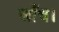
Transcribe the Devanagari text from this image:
जाँच।